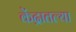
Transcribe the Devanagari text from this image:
केंद्रातल्या